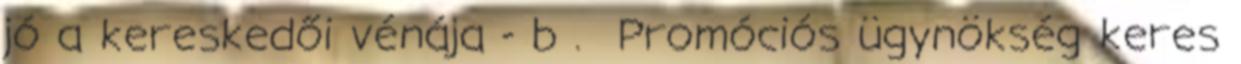
jó a kereskedői vénája - b . Promóciós ügynökség keres